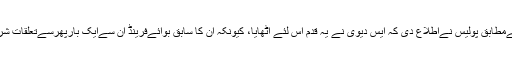
ٹائمس آف انڈیا کی رپورٹ کےمطابق پولیس نےاطلاع دی کہ ایس دیوی نے یہ قدم اس لئے اٹھایا، کیونکہ ان کا سابق بوائےفرینڈ ان سےایک بارپھرسےتعلقات شروع کرنےکی ضد کر رہا تھا۔